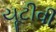
યૂટીવી